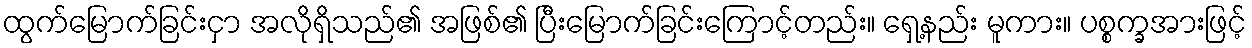
ထွက်မြောက်ခြင်းငှာ အလိုရှိသည်၏ အဖြစ်၏ ပြီးမြောက်ခြင်းကြောင့်တည်း။ ရှေ့နည်း မူကား။ ပစ္စက္ခအားဖြင့်